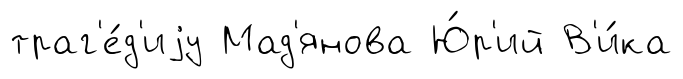
траг'е́д'иjу Мад'янова Ю́р'ий В'и́ка